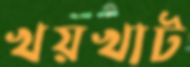
খয়খাট